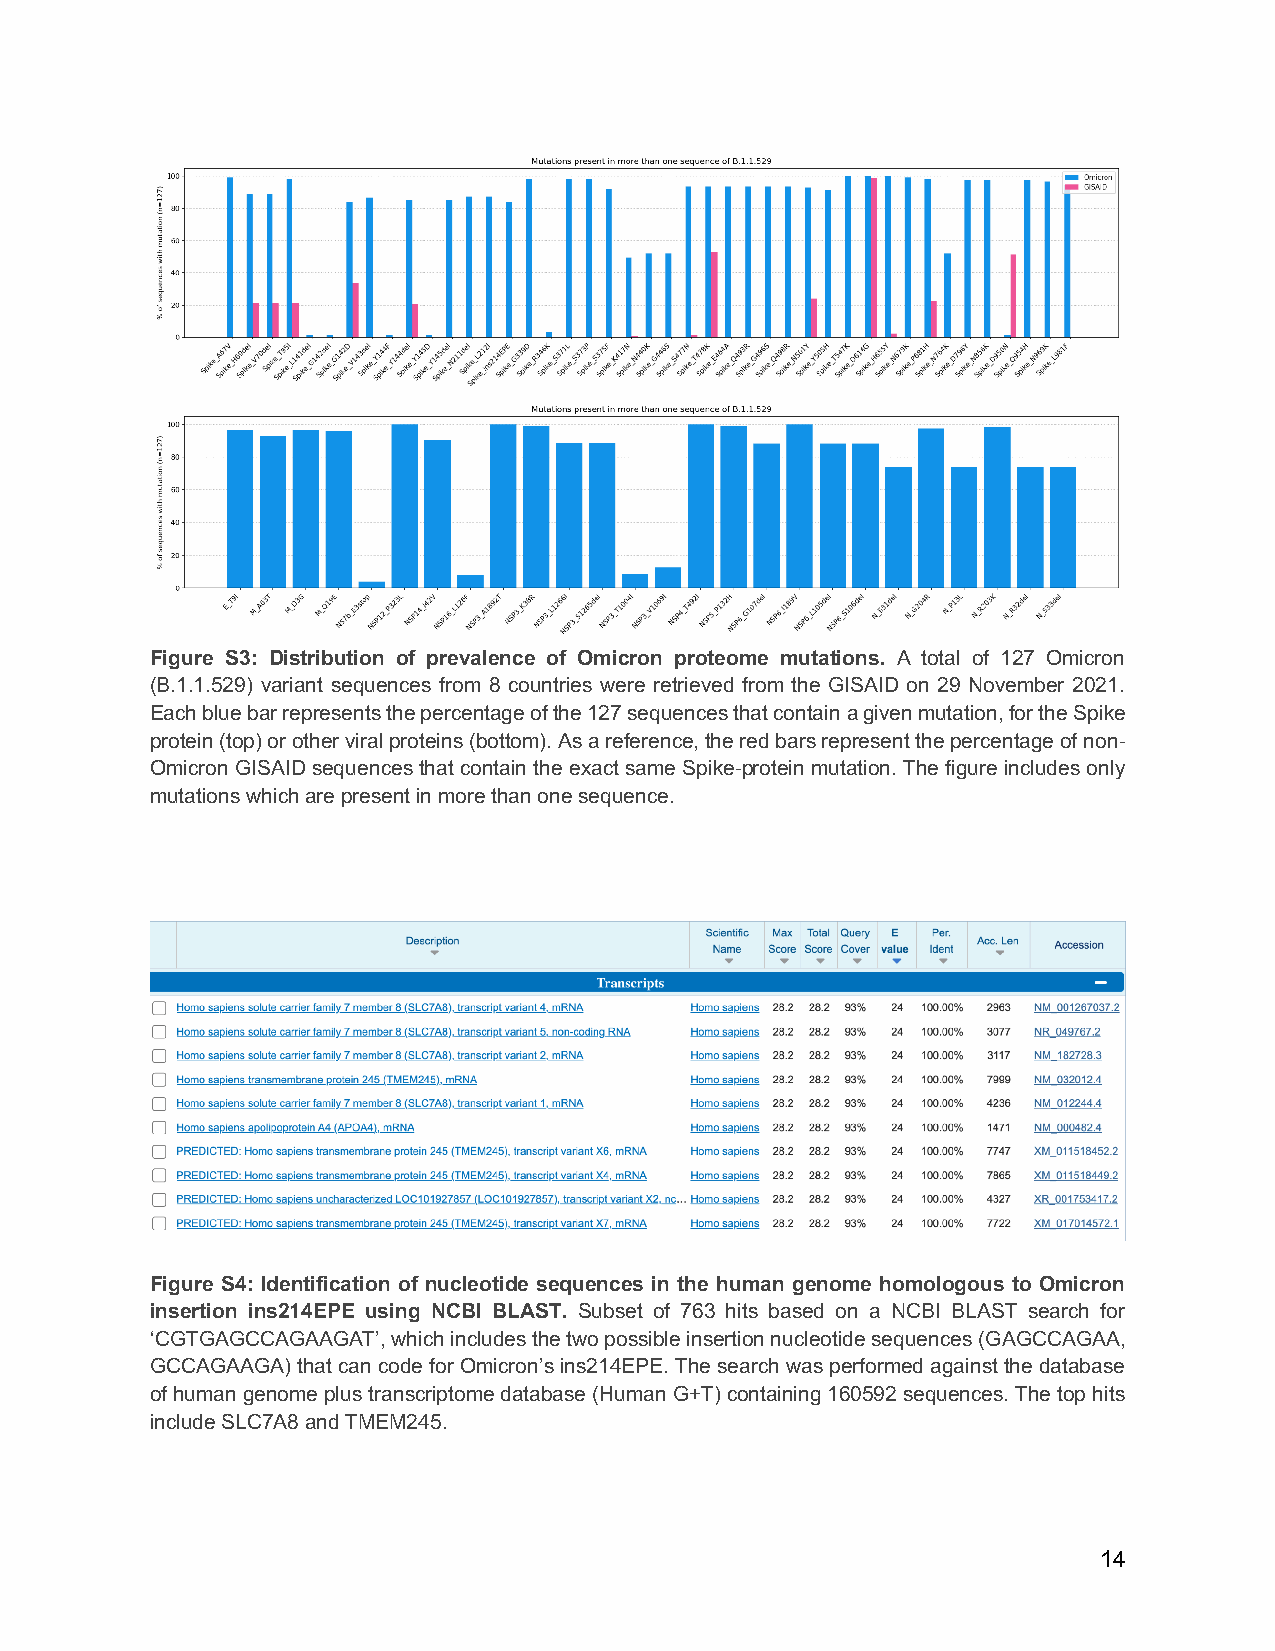
Figure S3: Distribution of prevalence of Omicron proteome mutations. A total of 127 Omicron
 (B.1.1.529) variant sequences from 8 countries were retrieved from the GISAID on 29 November 2021.
 Each blue bar represents the percentage of the 127 sequences that contain a given mutation, for the Spike
 protein (top) or other viral proteins (bottom). As a reference, the red bars represent the percentage of non-
 Omicron GISAID sequences that contain the exact same Spike-protein mutation. The figure includes only
 mutations which are present in more than one sequence.
 Figure S4: Identification of nucleotide sequences in the human genome homologous to Omicron
 insertion ins214EPE using NCBI BLAST. Subset of 763 hits based on a NCBI BLAST search for
 ‘CGTGAGCCAGAAGAT’, which includes the two possible insertion nucleotide sequences (GAGCCAGAA,
 GCCAGAAGA) that can code for Omicron’s ins214EPE. The search was performed against the database
 of human genome plus transcriptome database (Human G+T) containing 160592 sequences. The top hits
 include SLC7A8 and TMEM245.
 14